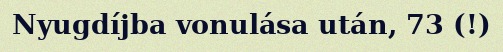
Nyugdíjba vonulása után, 73 (!)